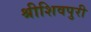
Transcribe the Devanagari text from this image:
श्रीशिवपुरी